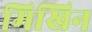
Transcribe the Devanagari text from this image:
मिखिन